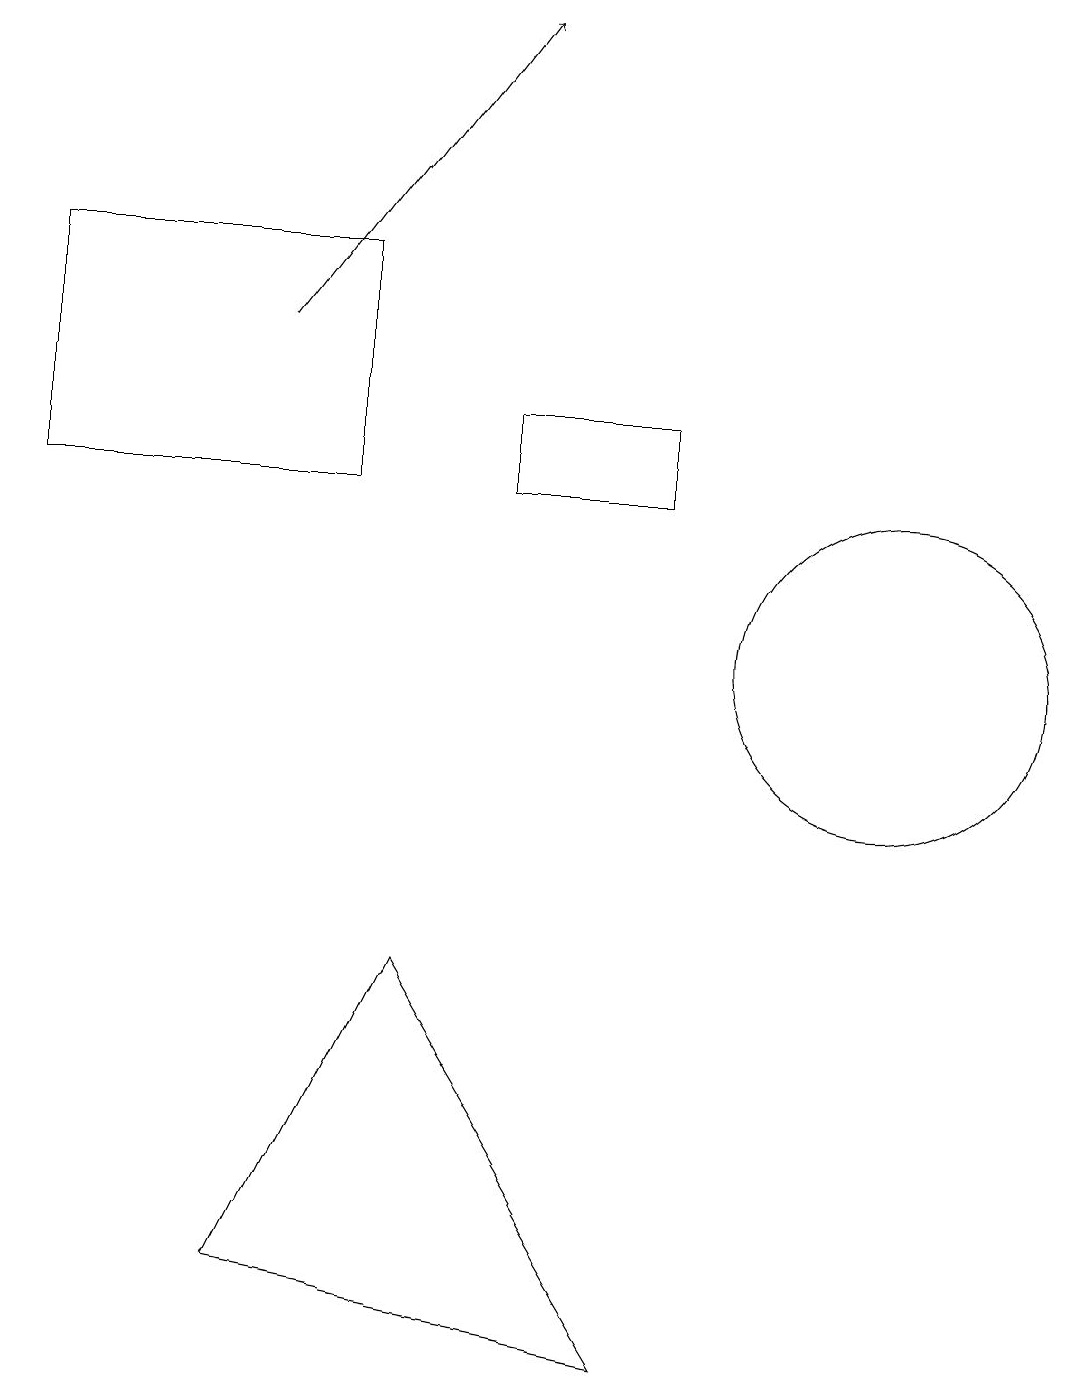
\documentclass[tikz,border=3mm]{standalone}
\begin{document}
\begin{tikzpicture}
\draw[->] (3,15) -- (6,19);
\draw (8,2) -- (3,3) -- (5,7) -- cycle;
\draw (6,13) rectangle (8,14);
\draw (4,13) rectangle (0,16);
\draw (11,11) circle (2);
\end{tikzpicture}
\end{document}